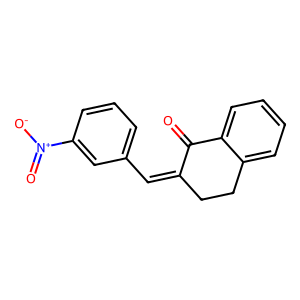
SMILES: O=C1C(=Cc2cccc([N+](=O)[O-])c2)CCc2ccccc21
Inhibits HIV replication: No